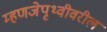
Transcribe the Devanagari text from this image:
म्हणजेपृथ्वीवरील